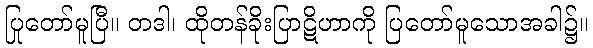
ပြုတော်မူပြီ။ တဒါ၊ ထိုတန်ခိုးပြာဋိဟာကို ပြတော်မူသောအခါ၌။